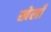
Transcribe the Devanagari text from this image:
खेलाँ